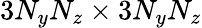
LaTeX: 3N_{y}N_{z}\times 3N_{y}N_{z}